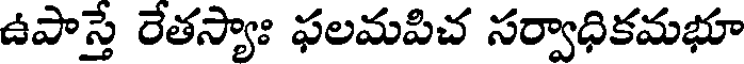
ఉపాస్తే రేతస్యాః ఫలమపిచ సర్వాధికమభూ